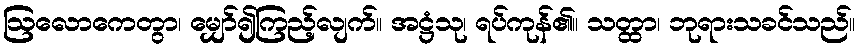
ဩလောကေတွာ၊ မျှော်၍ကြည့်လျက်။ အဋ္ဌံသု၊ ရပ်ကုန်၏။ သတ္ထာ၊ ဘုရားသခင်သည်။